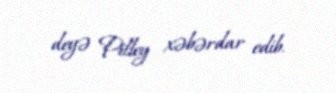
deyə Pilley xəbərdar edib.